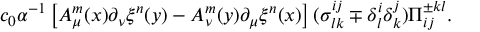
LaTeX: c _ { 0 } \alpha ^ { - 1 } \left[ A _ { \mu } ^ { m } ( x ) \partial _ { \nu } \xi ^ { n } ( y ) - A _ { \nu } ^ { m } ( y ) \partial _ { \mu } \xi ^ { n } ( x ) \right] ( \sigma _ { l k } ^ { i j } \mp \delta _ { l } ^ { i } \delta _ { k } ^ { j } ) \Pi _ { i j } ^ { \pm k l } .